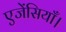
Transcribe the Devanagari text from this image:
एजेंसियाँ।